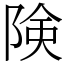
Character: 険